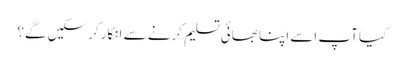
کیا آپ اسے اپنا بھائی تسلیم کرنے سے انکار کرسکیں گے؟